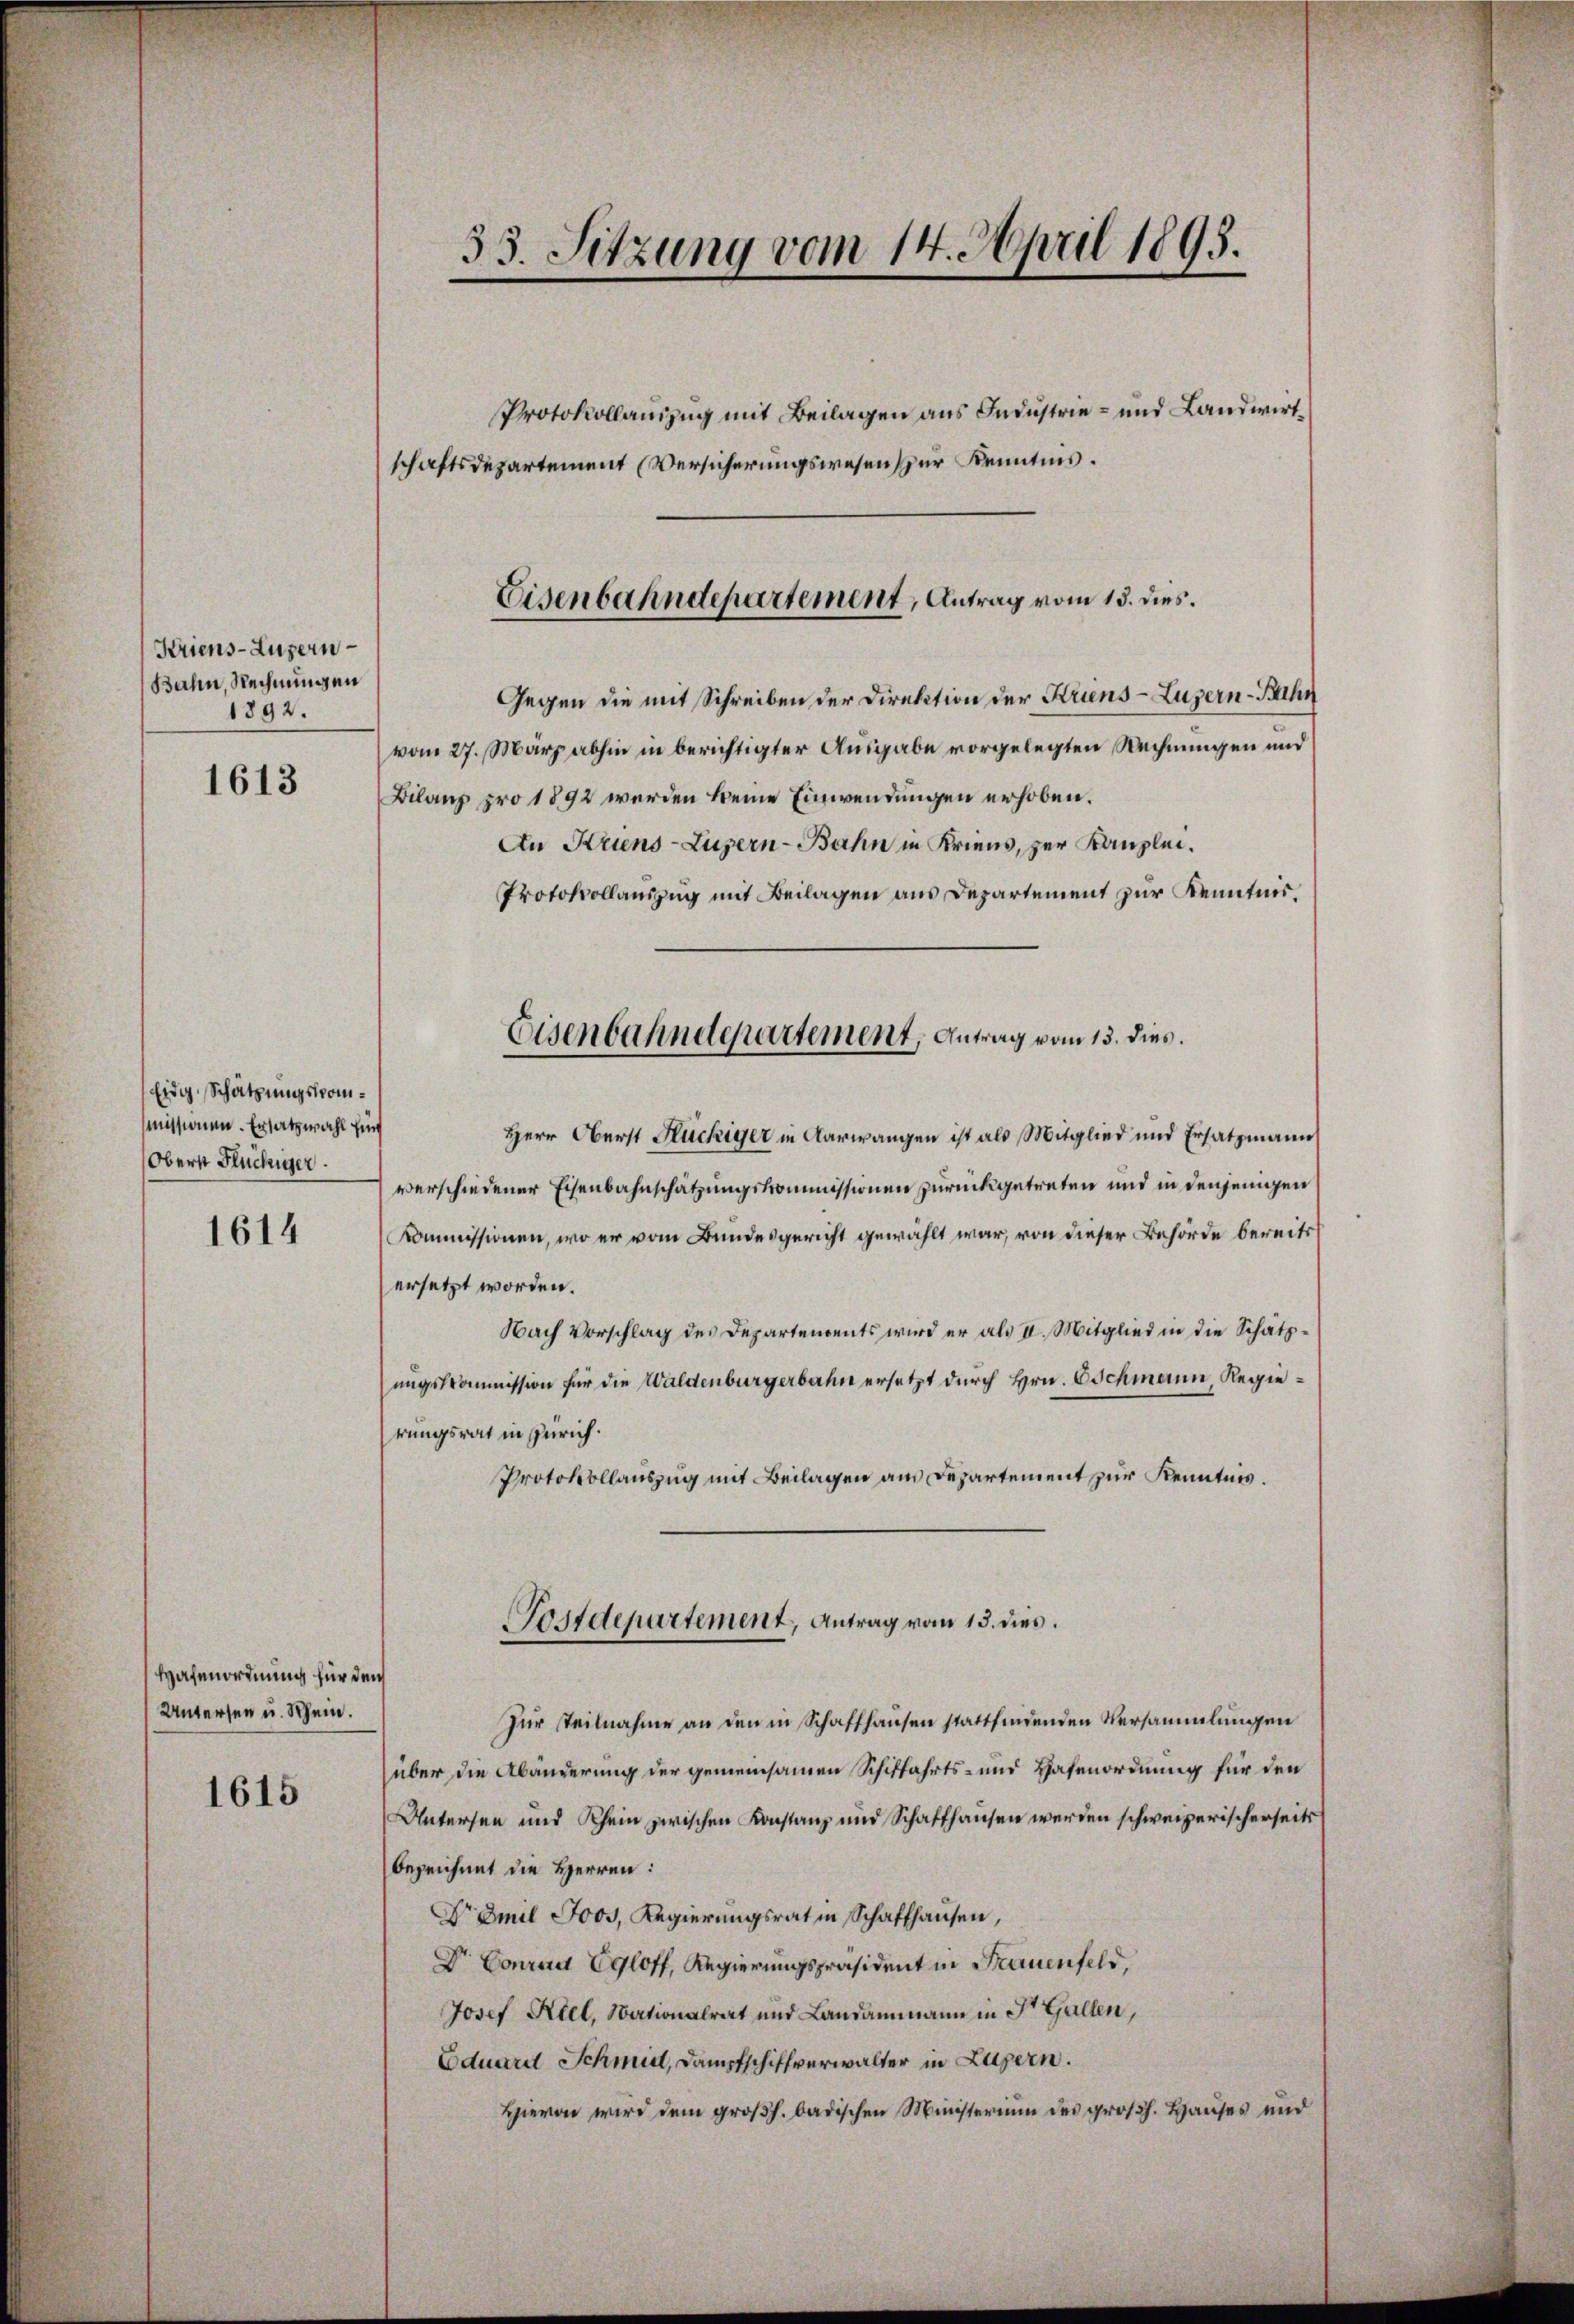
Kriens-Luzern
Bahn, Rechnungen
1892.

1613

Eidg. Schätzungskommissionen. Ersatzwahl fünf
Obern Flüchiger.

1614

Hafenordnung für den
Untersen u. Rhein.

1615

53. Sitzung vom 14. April 1895.

schaftsdepartement (Versicherungswesen zur Kenntnis.
Gegen die mit Schreiben der Direktion der Kriens Luzern - Bahn
vom 27. März abhin in berichtigter Ausgabe vorgelegten Rechnungen und
Bilanz pro 1892 werden keine Einwendungen erhoben.
An Krins-Luzern-Bahn in Kriens, zur Kanzlei.
Protokollauszug mit Beilagen aus Departement zur Kenntnis.
Eisenbahndepartement, Antrag vom 13. dies.
Herr Oberst Flüchiger in Aarwangen ist als Mitglied und Ersatzmann
verschiedener Eisenbahnschätzungskommissionen zurückgetreten und in denjenigen
Kommissionen, wo er vom Bundesgericht gewählt war, von dieser Behörde bereits
ersetzt worden.
Nach Vorschlag des Departendents wird er als II. Mitglied in die Schätzungskommission für die Waldenburgerbahn ersetzt durch Hrn. Oschmann, Regierungsrat in Zürich.
Protokollauszug mit Beilagen am Departement zur Kenntnis.

Protokollauszug mit Beilagen aus Industrie- und Landwirt¬

Eisenbahndepartement, Antrag vom 15. dies.

Postdepartement, Antrag vom 13. dies.

Zur Teilnahme an den in Schaffhausen stattfindenden Versammlungen
über die Abänderung der gemeinsamen Schiffahrts- und Hafenordnung für den
Untersen und Rhein zwischen Konstanz und Schaffhausen werden schweizerischerseits
bezeichnet die Herren:
Dr Emil Joos, Regierungsrat in Schaffhausen,
Dr. Conrad Egloff, Regierungspräsident in Frauenfeld,
Josef Atel, Nationalrat und Landammann in St. Gallen,
Eduard Schmid, Dampfschiffverwalter in Luzern.
Hievon wird dem großh. badischen Ministerium des großh. Hauses und